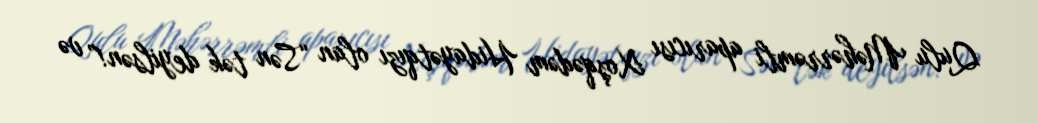
Qulu Məhərrəmli aparıcısı Xoşqədəm Hidayətqızı olan “Sən tək deyilsən!” və